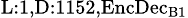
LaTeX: _{\textrm{L}:1,\textrm{D}:1152,\textrm{EncDec}_{\textrm{B}1}}